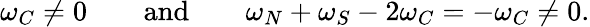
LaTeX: \omega_{C}\neq 0\qquad\textnormal{and}\qquad\omega_{N}+\omega_{S}-2\omega_{C}=-\omega_{C}\neq 0.